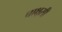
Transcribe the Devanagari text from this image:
चाक्षुसी